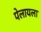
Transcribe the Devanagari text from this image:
पेलायला